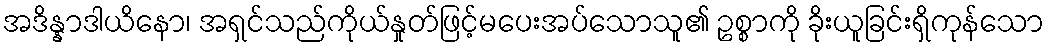
အဒိန္နာဒါယိနော၊ အရှင်သည်ကိုယ်နှုတ်ဖြင့်မပေးအပ်သောသူ၏ ဥစ္စာကို ခိုးယူခြင်းရှိကုန်သော